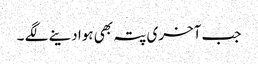
جب آخری پتہ بھی ہوا دینے لگے ۔